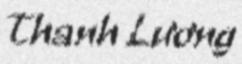
Thanh Lương